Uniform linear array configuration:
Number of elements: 32
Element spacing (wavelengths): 1
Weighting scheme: blackman
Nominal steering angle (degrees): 15
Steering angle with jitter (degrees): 13.496
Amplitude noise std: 0.05
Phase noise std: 0.05

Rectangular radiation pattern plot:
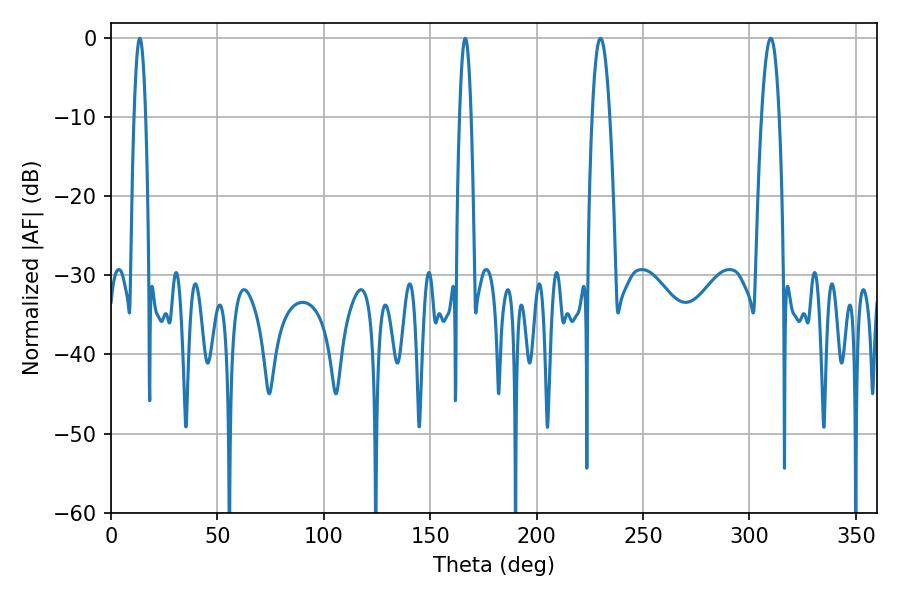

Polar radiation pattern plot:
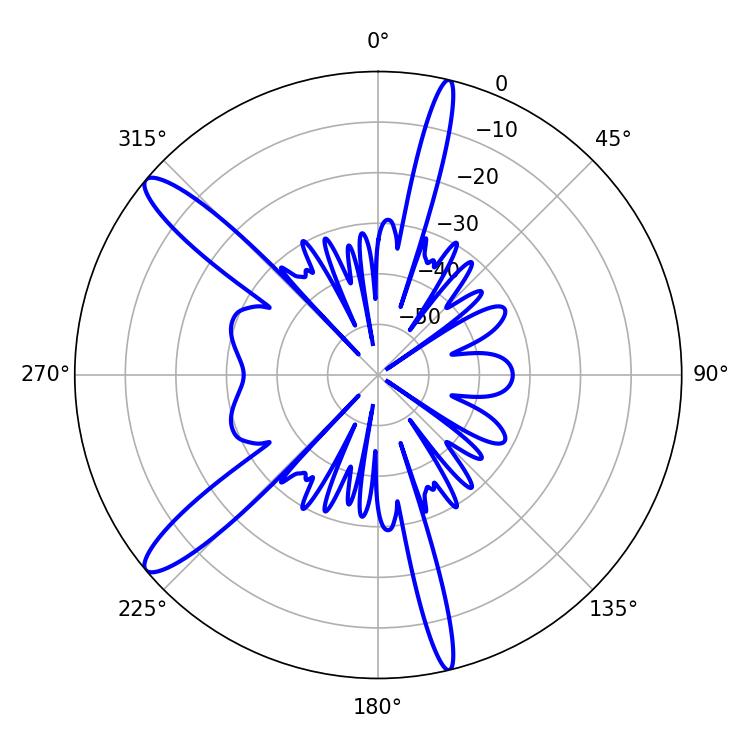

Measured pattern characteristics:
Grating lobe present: TRUE
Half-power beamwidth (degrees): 4.5
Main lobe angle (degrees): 230.04